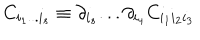
LaTeX: C _ { i _ { 1 } . . . i _ { s } } \equiv \partial _ { i _ { s } } . . . \partial _ { i _ { 4 } } C _ { i _ { 1 } i _ { 2 } i _ { 3 } }